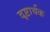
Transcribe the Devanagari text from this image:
दृष्टार्थक